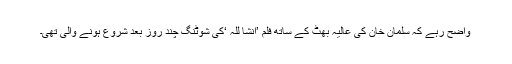
واضح رہے کہ سلمان خان کی عالیہ بھٹ کے ساتھ فلم ’انشا للہ ‘کی شوٹنگ چند روز بعد شروع ہونے والی تھی۔